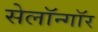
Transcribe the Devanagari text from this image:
सेलॉन्गॉर